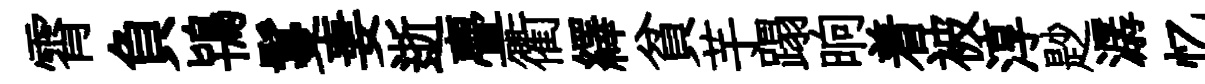
霄負鴇鬘妻逝亹衢繹貧芋蹋晌着被淳尟潺忆